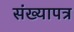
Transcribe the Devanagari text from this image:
संख्यापत्र